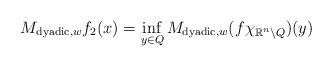
LaTeX: \begin{align*}M_{{\rm dyadic},w}f_2(x)=\inf_{y \in Q}M_{{\rm dyadic},w}(f\chi_{{\mathbb R}^n \setminus Q})(y)\end{align*}